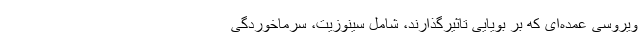
ویروسی عمده‌ای که بر بویایی تاثیرگذارند، ‌شامل سینوزیت، سرماخوردگی